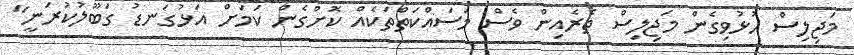
މަޖިލިސް ހުޅުވިގެން މަޖިލިސް ތެރެއިން ވެސް މަސައްކަތްތަކެއް ކޮށްގެން ކަމަށް އަޅުގަނޑު ގަބޫލުކުރަނީ"